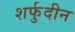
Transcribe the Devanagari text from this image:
शर्फुदीन